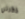
ذكرني